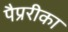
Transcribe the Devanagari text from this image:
पैप्ररीका